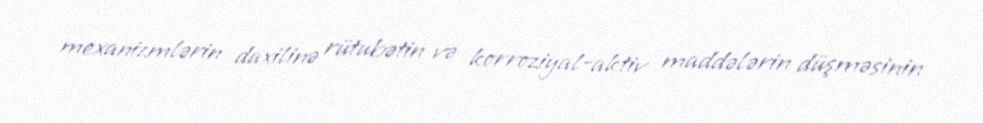
mexanizmlərin daxilinə rütubətin və korroziyal-aktiv maddələrin düşməsinin